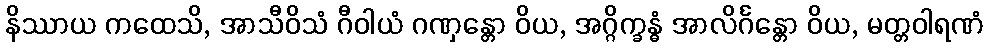
နိဿာယ ကထေသိ, အာသီဝိသံ ဂီဝါယံ ဂဏှန္တော ဝိယ, အဂ္ဂိက္ခန္ဓံ အာလိင်္ဂန္တော ဝိယ, မတ္တဝါရဏံ